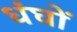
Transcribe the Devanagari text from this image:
धंघों